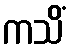
ကသိံ